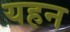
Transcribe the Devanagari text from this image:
यहन